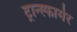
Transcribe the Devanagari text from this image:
ट्रान्स्फार्मर